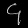
Digit: ၄